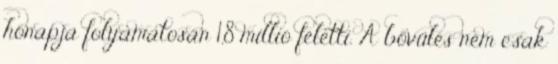
hónapja folyamatosan 1,8 millió feletti. A bővülés nem csak